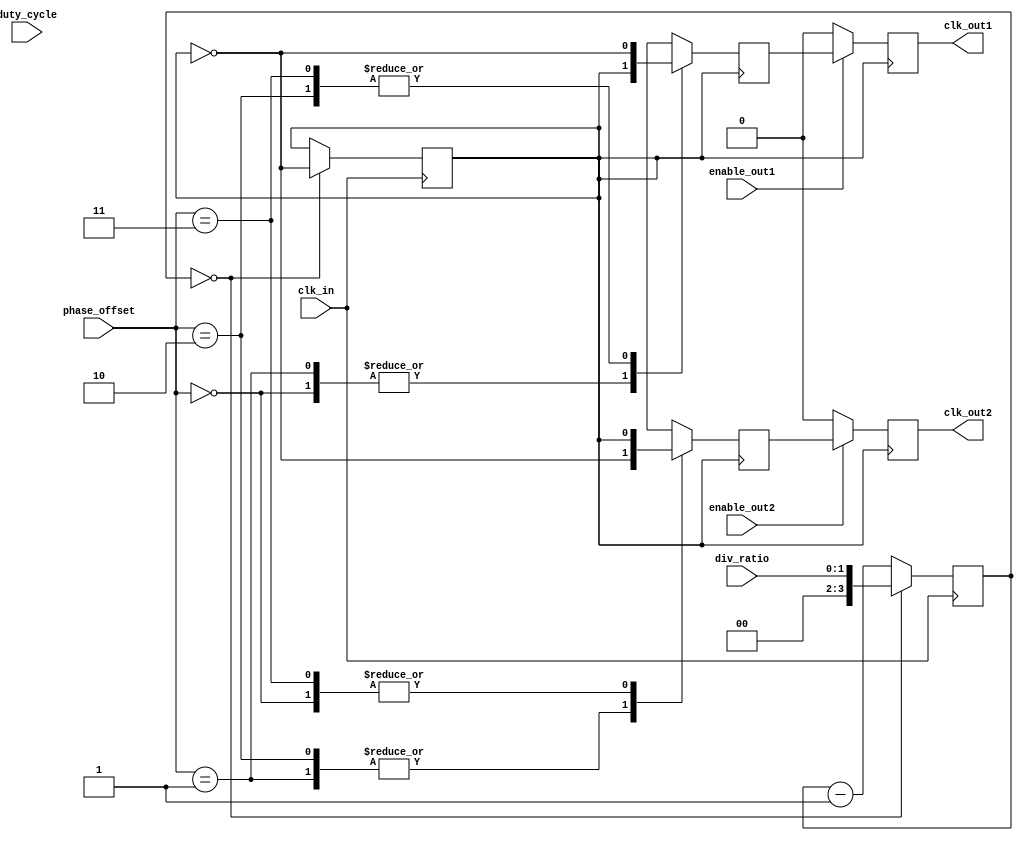
module programmable_clock_buffer (
    input wire clk_in,               // Input clock source
    input wire [1:0] div_ratio,      // Division ratio (00:1, 01:2, 10:4, 11:8)
    input wire [1:0] phase_offset,    // Phase offset (00:0, 01:90, 10:180, 11:270)
    input wire duty_cycle,            // Duty cycle (0:50%, 1:75%)
    input wire enable_out1,           // Enable for CLK_OUT1
    input wire enable_out2,           // Enable for CLK_OUT2
    output reg clk_out1,              // Output clock 1
    output reg clk_out2               // Output clock 2
);

    reg [3:0] clk_divider;            // Clock divider counter
    reg clk_div;                      // Divided clock signal
    reg [1:0] phase_shift;            // Phase shift counter
    reg clk_out1_temp, clk_out2_temp; // Temporary output clocks

    // Clock divider logic
    always @(posedge clk_in) begin
        if (clk_divider == 0) begin
            clk_divider <= div_ratio; // Load division ratio
        end else begin
            clk_divider <= clk_divider - 1;
        end
    end

    // Generate divided clock
    always @(posedge clk_in) begin
        if (clk_divider == 0) begin
            clk_div <= ~clk_div; // Toggle divided clock
        end
    end

    // Phase adjustment logic
    always @(posedge clk_div) begin
        case (phase_offset)
            2'b00: begin
                clk_out1_temp <= clk_div; // 0 phase
                clk_out2_temp <= clk_div; // 0 phase
            end
            2'b01: begin
                clk_out1_temp <= clk_div; // 90 phase
                clk_out2_temp <= ~clk_div; // 90 phase
            end
            2'b10: begin
                clk_out1_temp <= ~clk_div; // 180 phase
                clk_out2_temp <= ~clk_div; // 180 phase
            end
            2'b11: begin
                clk_out1_temp <= ~clk_div; // 270 phase
                clk_out2_temp <= clk_div; // 270 phase
            end
        endcase
    end

    // Duty cycle control and output enable logic
    always @(posedge clk_div) begin
        if (enable_out1) begin
            if (duty_cycle) begin
                clk_out1 <= clk_out1_temp; // 75% duty cycle
            end else begin
                clk_out1 <= clk_out1_temp; // 50% duty cycle
            end
        end else begin
            clk_out1 <= 0; // Disable output
        end

        if (enable_out2) begin
            if (duty_cycle) begin
                clk_out2 <= clk_out2_temp; // 75% duty cycle
            end else begin
                clk_out2 <= clk_out2_temp; // 50% duty cycle
            end
        end else begin
            clk_out2 <= 0; // Disable output
        end
    end

endmodule